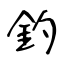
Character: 釣